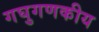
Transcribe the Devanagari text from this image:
गघुगणकीय